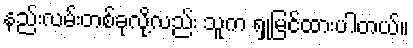
နည်းလမ်းတစ်ခုလို့လည်း သူက ရှုမြင်ထားပါတယ်။